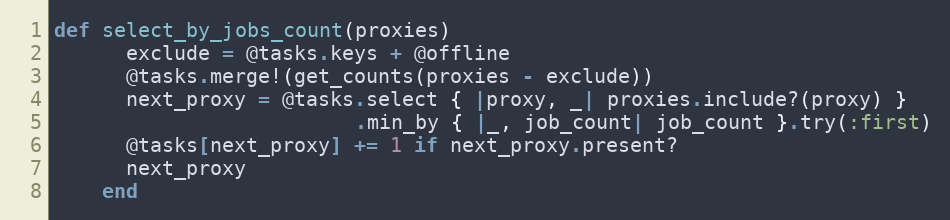
Language: Ruby
def select_by_jobs_count(proxies)
      exclude = @tasks.keys + @offline
      @tasks.merge!(get_counts(proxies - exclude))
      next_proxy = @tasks.select { |proxy, _| proxies.include?(proxy) }
                         .min_by { |_, job_count| job_count }.try(:first)
      @tasks[next_proxy] += 1 if next_proxy.present?
      next_proxy
    end